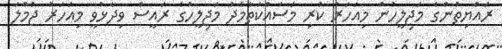
ރައްޔިތުންގެ މަޖިލީހުން މިއަހަރު ކުރި މަސައްކަތާމެދު މަޖިލީހުގެ ރައީސް ވިދާޅުވީ މިއަހަރު ޖުމްލަ